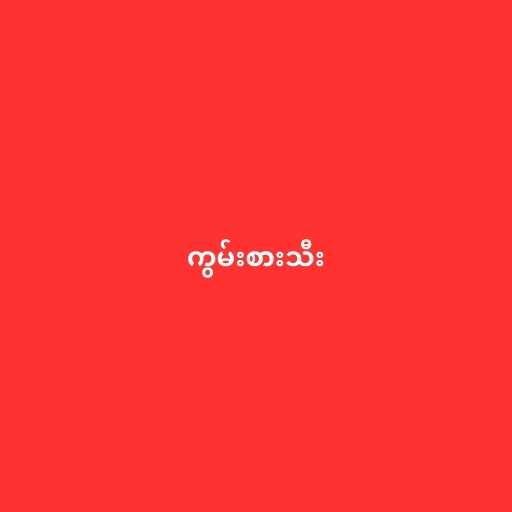
ကွမ်းစားသီး